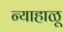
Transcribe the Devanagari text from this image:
न्याहाळू